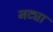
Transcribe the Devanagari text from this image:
नट्या